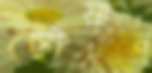
ছোঁয়ান